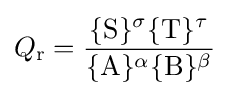
Q_{\mathrm {r} }={\frac {\{\mathrm {S} \}^{\sigma }\{\mathrm {T} \}^{\tau }}{\{\mathrm {A} \}^{\alpha }\{\mathrm {B} \}^{\beta }}}